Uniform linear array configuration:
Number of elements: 48
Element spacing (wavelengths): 0.75
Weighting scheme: uniform
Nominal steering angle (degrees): -60
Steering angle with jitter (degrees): -61.341
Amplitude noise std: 0.05
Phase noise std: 0.05

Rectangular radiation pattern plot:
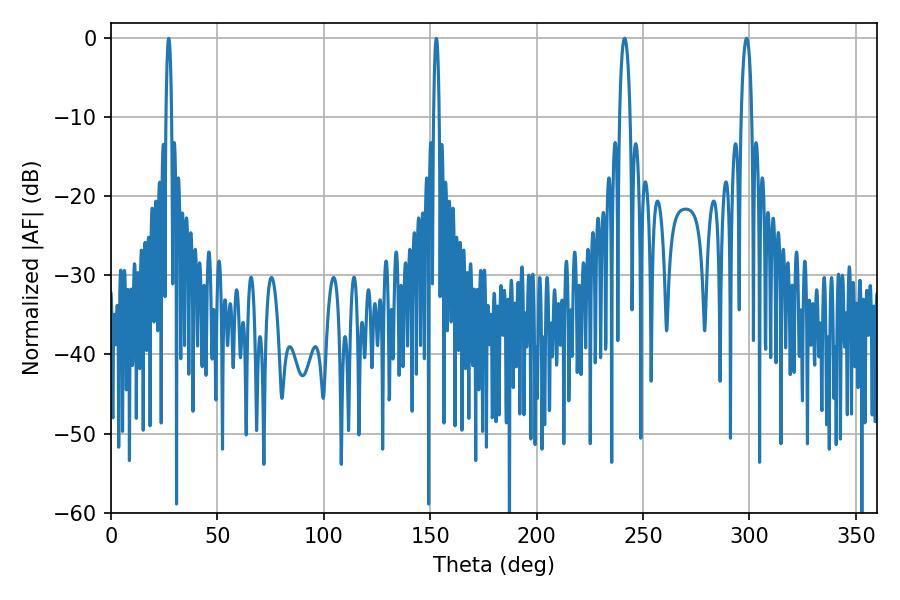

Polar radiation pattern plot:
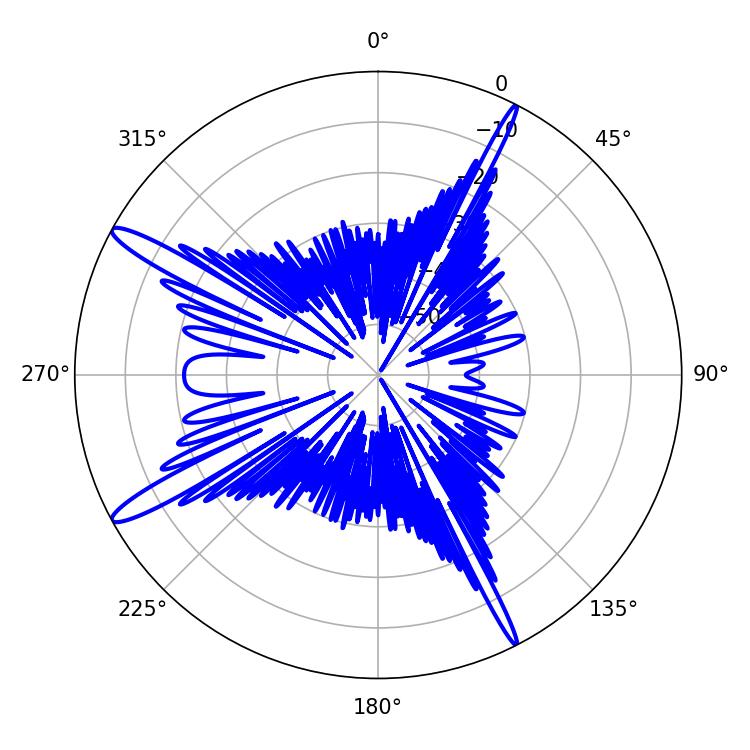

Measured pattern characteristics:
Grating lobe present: TRUE
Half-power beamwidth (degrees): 2.88
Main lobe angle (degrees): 241.38